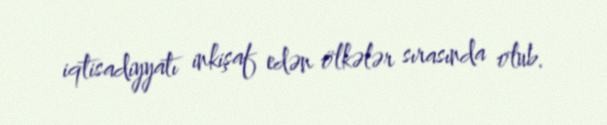
iqtisadiyyatı inkişaf edən ölkələr sırasında olub.